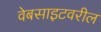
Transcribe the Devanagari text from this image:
वेबसाइटवरील